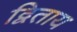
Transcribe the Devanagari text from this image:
द्विताय